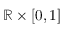
\mathbb { R } \times [ 0 , 1 ]